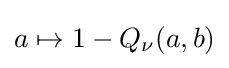
a\mapsto 1-Q_{\nu }(a,b)